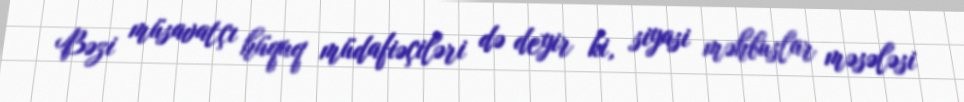
Bəzi müsavatçı hüquq müdafiəçiləri də deyir ki, siyasi məhbuslar məsələsi